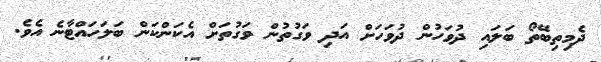
ދެމިތިބޭތޯ ބަލައި ދުވަހުން ދުވަހަށް އަދި ވަގުތުން ވަގުތަށް އެކަންކަން ބަލަހައްޓާނެ އެވެ.